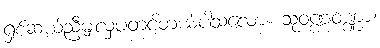
ရှစ်ဆယ်ညီမျှလှပတင့်တယ်ပါသလော။ သုဝဏ္ဏဝဏ္ဏာ၊